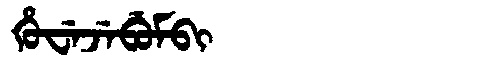
Manchu: ᡥᡠᠸᡝᠵᡝᠪᡠᠮᠪᡳ
Romanization: HUWEJEBUMBI